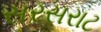
સરસરાટ